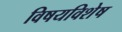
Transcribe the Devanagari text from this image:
विषयविशेष